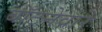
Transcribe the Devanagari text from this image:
बाँटनेवारे